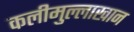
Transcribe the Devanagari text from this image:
कलीमुल्लाखान